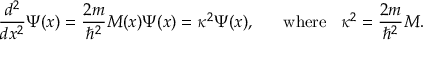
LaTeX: { \frac { d ^ { 2 } } { d x ^ { 2 } } } \Psi ( x ) = { \frac { 2 m } { \hbar ^ { 2 } } } M ( x ) \Psi ( x ) = { \kappa } ^ { 2 } \Psi ( x ) , \; \; \; \; \; \; \mathrm { w h e r e } \; \; \; { \kappa } ^ { 2 } = { \frac { 2 m } { \hbar ^ { 2 } } } M .